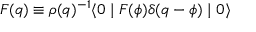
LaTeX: F ( q ) \equiv \rho ( q ) ^ { - 1 } \langle 0 \mid F ( \phi ) \delta ( q - \phi ) \mid 0 \rangle